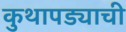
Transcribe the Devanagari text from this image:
कुथापड्याची